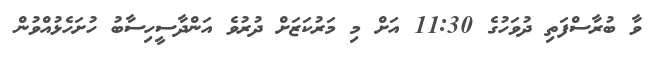
ވާ ބުރާސްފަތި ދުވަހުގެ 11:30 އަށް މި މަރުކަޒަށް ދުރުވެ އަންދާސީހިސާބު ހުށަހެޅުއްވުން